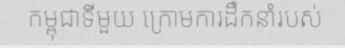
កម្ពុជាទីមួយ ក្រោមការដឹកនាំរបស់